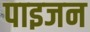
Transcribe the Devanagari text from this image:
पाइजन